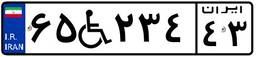
۲۲W۵۶۴۳۶